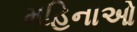
મહિનાઓ